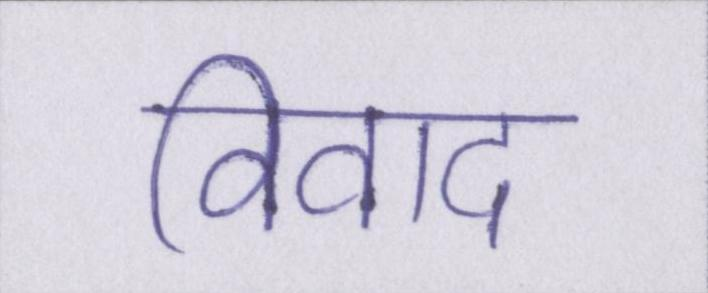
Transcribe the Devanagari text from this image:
विवाद